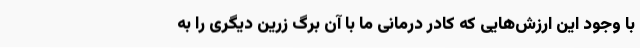
با وجود این ارزش‌هایی که کادر درمانی ما با آن برگ زرین دیگری را به